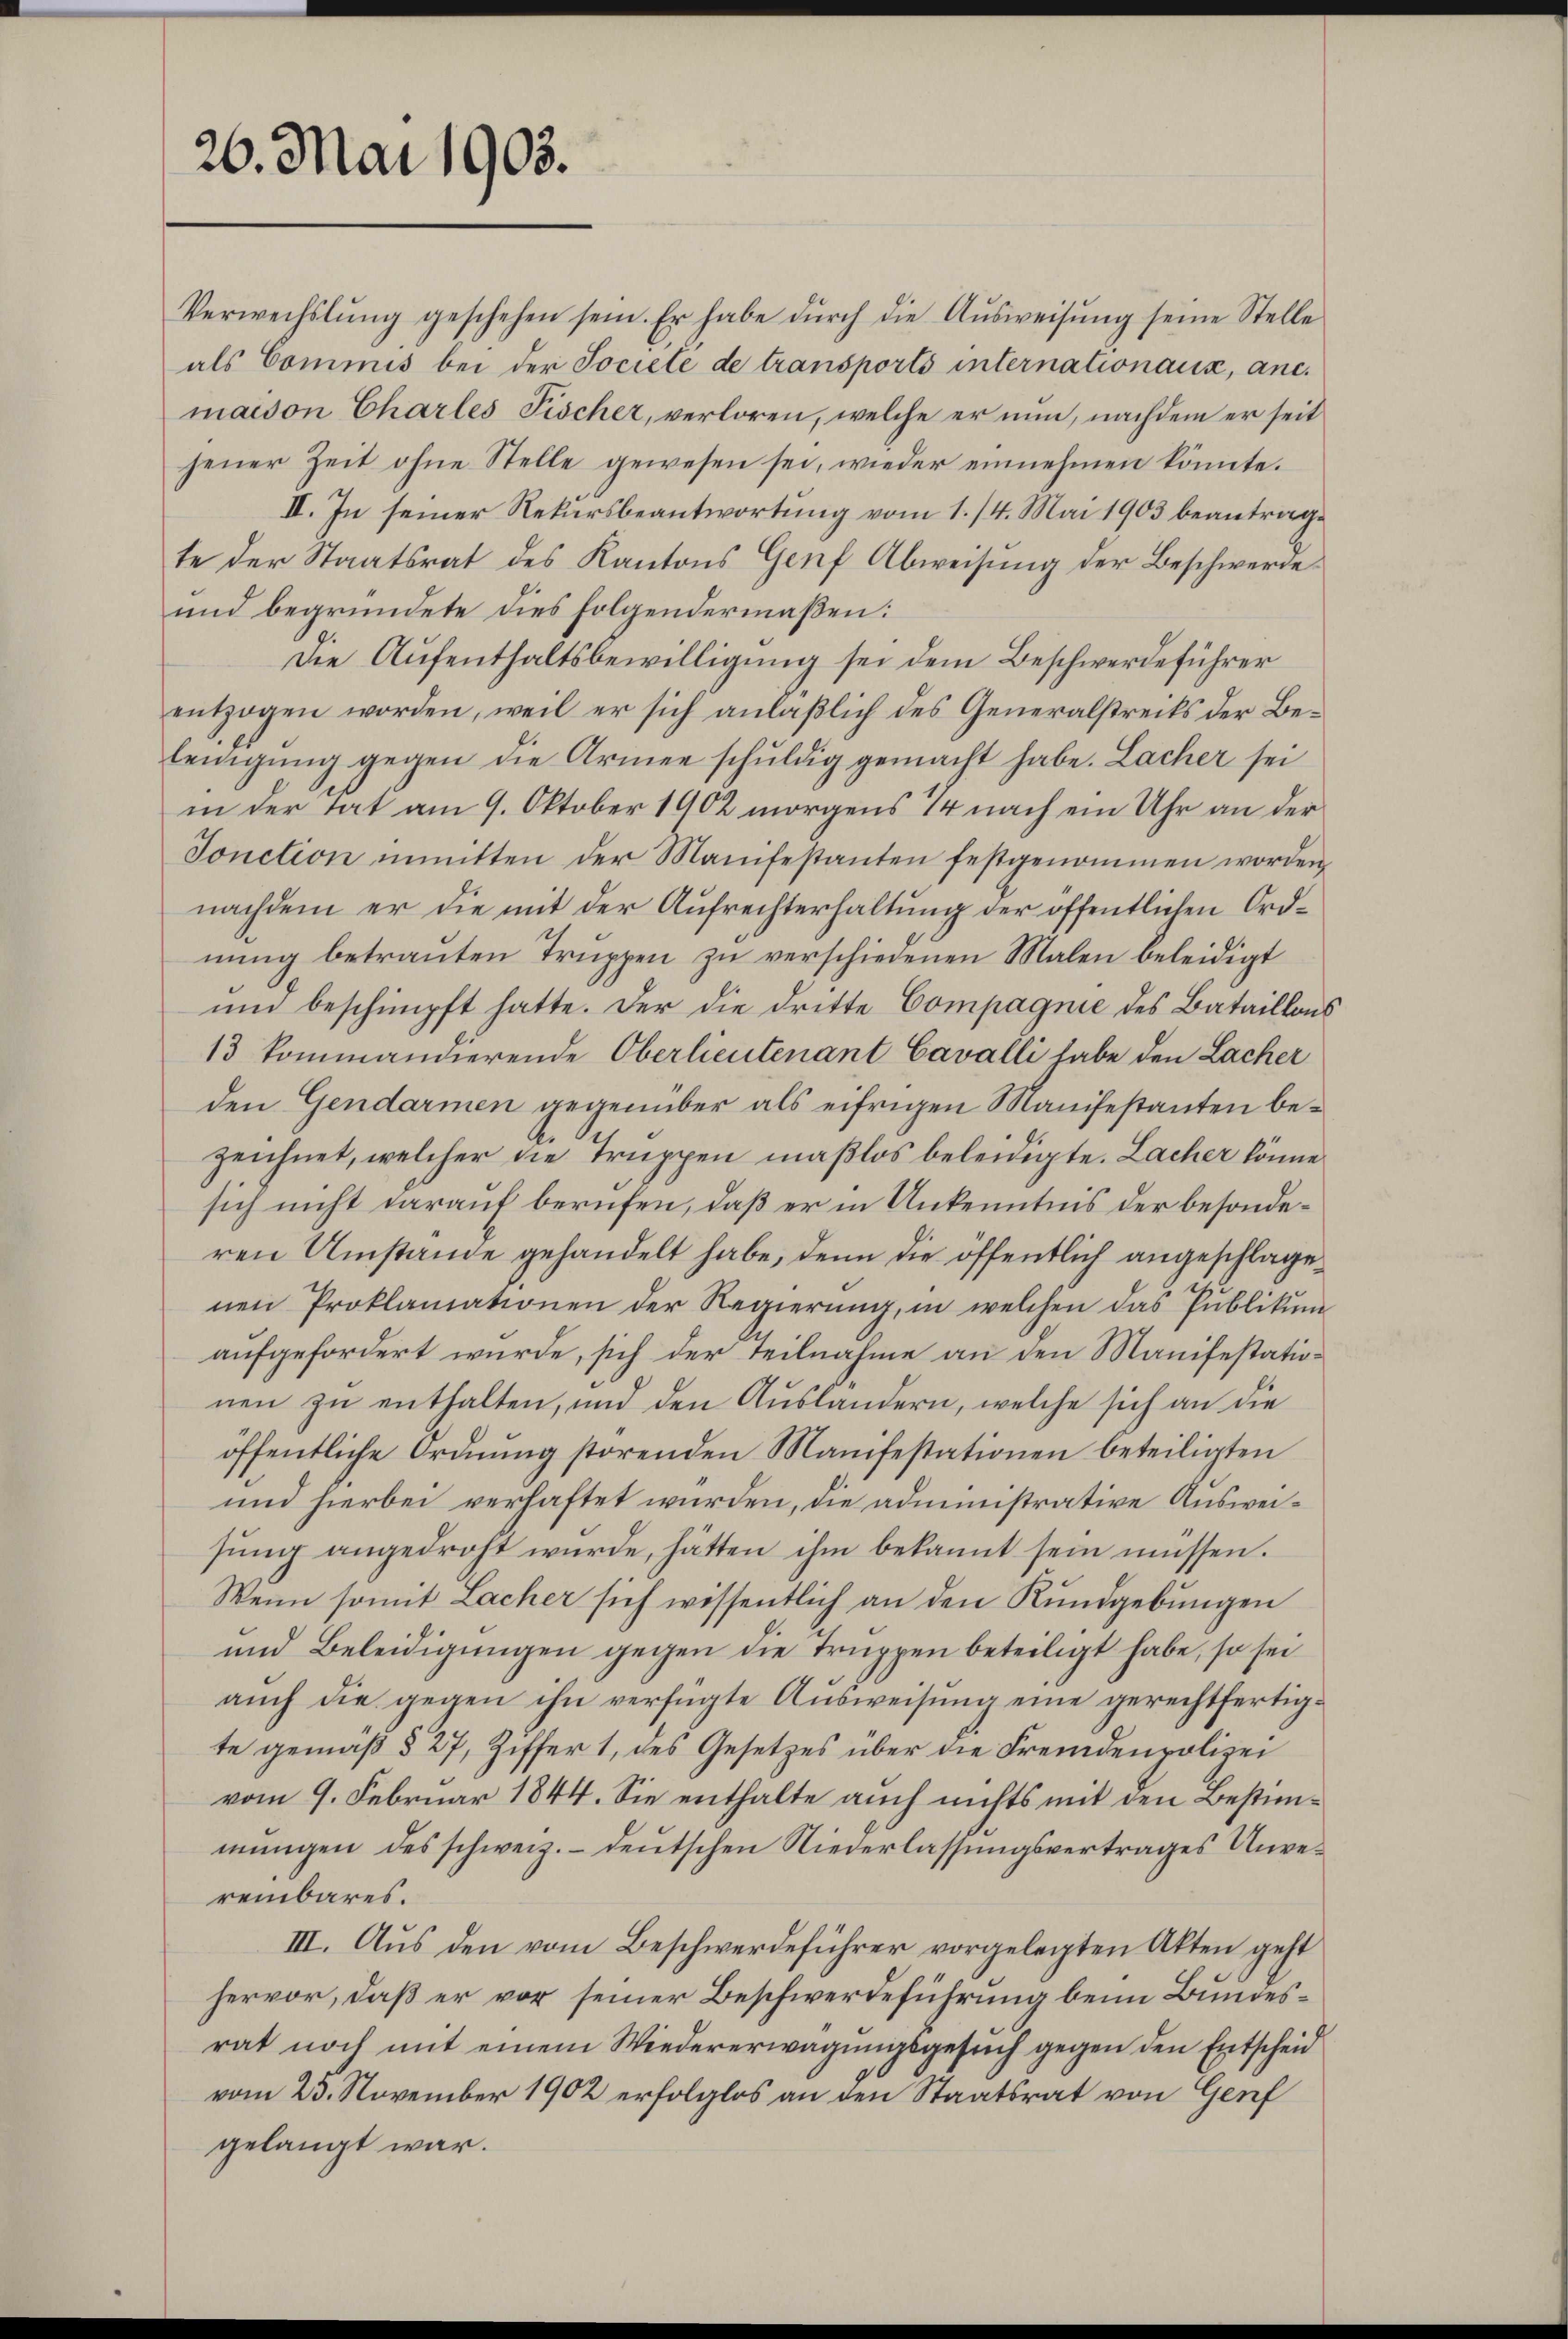
26. Mai 1903.

Verwechslung geschehen sein. Er habe dŭrch die Aŭsweisŭng seine Stelle
als Commis bei der Societe de transports internationaux, anc.
maison Charles Fischer, verloren, welche er nun, nachdem er seit
jener Zeit ohne Stelle gewesen sei, wieder einnehmen könnte.
II. In seiner Rekursbeantwortung vom 1. 14. Mai 1903 beantrage
te der Staatsrat des Kantons Genf Abweisung der Beschwerde¬
und begründete dies folgendermaßen:
Die Aufenthaltsbewilligung sei dem Beschwerdeführer
entzogen worden, weil er sich anläßlich des Generalstrecks der Beleinigŭng gegen die Armee schuldig gemacht habe. Lacher sei
in der Tat am 9. Oktober 1902 morgens 7 nach ein Uhr an der
Tonction inmitten der Manifestanten festgenommen worden,
nachdem er die mit der Aufrechterhaltung der öffentlichen Ordnung betrauten Truppen zu verschiedenen Malen beleidigt
und beschimpft hatte. Der die dritte Compagnie des Bataillons
13 kommandierende Oberlieutenant Cavalli habe den Lacher
den Gendarmen gegenüber als eifrigen Manifestanten bezeichnet, welcher die Truppen maßlos beleidigte. Lacher könne
sich nicht darauf berufen, daß er in Unkenntnis der besonderen Umstände gehandelt habe, denn die öffentlich angeschlagenen Proklamationen der Regierung, in welchen das Publikum
aufgefordert wurde, sich der teilnahme an den Manifestationen zu enthalten, und den Auslandern, welche sich an die
öffentliche Ordnung störenden Manifestationen beteiligten
und hierbei verhaftet wurden, die administrative Ausweisŭng angedroht wŭrde, hätten ihm bekannt sein müssen.
Wenn somit Lacher sich wissentlich an den Rundgebungen
und Beleidigungen gegen die Truppen beteiligt habe, so sei
aŭch die gegen ihn verfügte Aŭsweisŭng eine gerechtfertigte gemäß § 27, Ziffer 1, des Gesetzes über die Fremdenpolizei
vom 9. Februar 1844. Sie enthalte auch nichts mit den Bestimmungen des schweiz.- deutschen Niederlassungsvertrages Unvereinbares.
III. Aus den vom Beschwerdeführer vorgelegten Akten geht
hervor, daß er vor seiner Beschwerdeführung beim Bundesrat noch mit einem Wiedererwägungsgesuch gegen den Entscheid
vom 25. November 1902 erfolglos an den Staatsrat von Genf
gelangt war.